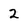
Character: 2